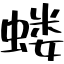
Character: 蝼